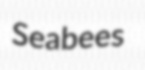
Seabees